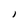
Character: I